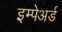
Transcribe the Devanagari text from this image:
इम्पेअर्ड